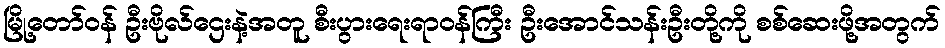
မြို့တော်ဝန် ဦးဗိုလ်ဌေးနဲ့အတူ စီးပွားရေးရာဝန်ကြီး ဦးအောင်သန်းဦးတို့ကို စစ်ဆေးဖို့အတွက်